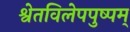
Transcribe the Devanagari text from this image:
श्वेतविलेपपुष्पम्